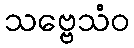
သဗ္ဗေသံဝ